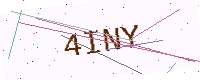
Text: 4INY